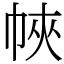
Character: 𢂿